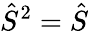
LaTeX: \hat{S}^{2}=\hat{S}